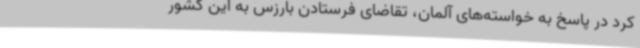
کرد در پاسخ به خواسته‌های آلمان، تقاضای فرستادن بارزس به این کشور